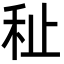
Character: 䄳